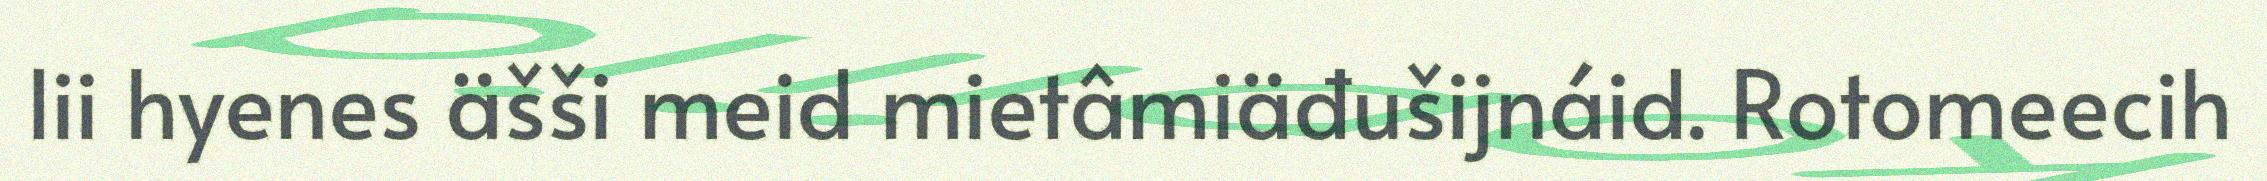
lii hyenes äšši meid mietâmiäđušijnáid. Rotomeecih